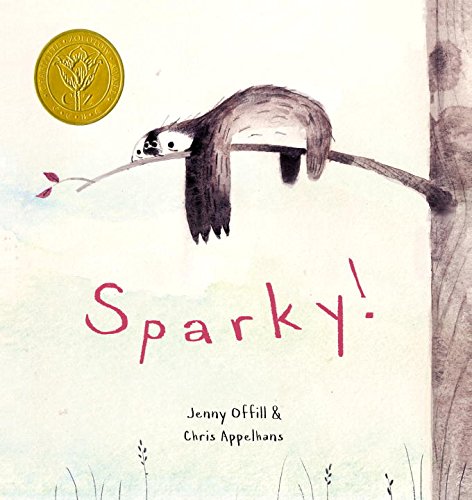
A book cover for Sparky!; Jenny Offill; Children's Books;